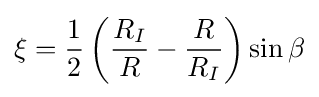
\xi ={\frac {1}{2}}\left({\frac {R_{I}}{R}}-{\frac {R}{R_{I}}}\right)\sin \beta